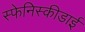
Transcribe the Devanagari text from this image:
स्फेनिस्कीडाई